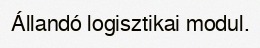
Állandó logisztikai modul.